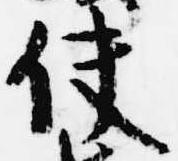
使